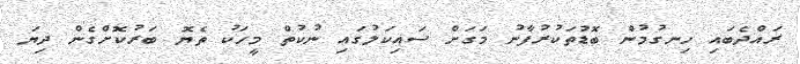
ރައްދެބައި ހިނގުމުން ބޮޑުތަކުރުފާނު މަގަށް ސައިކަލުގައި ނުކުތް މީހަކު ތެޔޮ ބަރުކޮށްގެން ދިޔަ